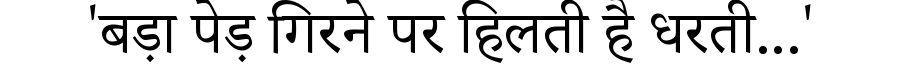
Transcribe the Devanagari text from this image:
'बड़ा पेड़ गिरने पर हिलती है धरती...'